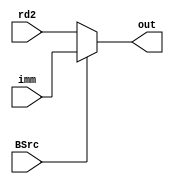
module choose_rd2_imm (
	input [31:0] rd2,
	input [31:0] imm,
	input BSrc,

	output [31:0] out	

);

assign out = BSrc ? imm : rd2;

endmodule